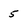
Character: 5